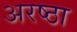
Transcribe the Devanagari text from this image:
अरष्ठा